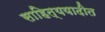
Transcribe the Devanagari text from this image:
साहित्ययादीत